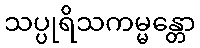
သပ္ပုရိသကမ္မန္တော